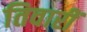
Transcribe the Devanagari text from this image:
तिवारीं